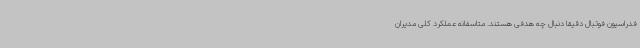
فدراسیون فوتبال دقیقا دنبال چه هدفی هستند. متاسفانه عملکرد کلی مدیران